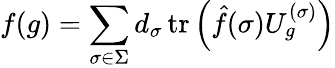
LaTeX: f(g)=\sum_{\sigma\in\Sigma}d_{\sigma}\operatorname{tr}\left({\hat{f}}(\sigma)U_{g}^{(\sigma)}\right)